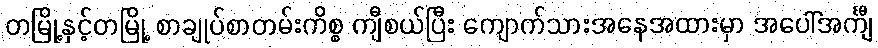
တမြို့နှင့်တမြို့ စာချုပ်စာတမ်းကိစ္စ ကျီစယ်ပြီး ကျောက်သားအနေအထားမှာ အပေါ်အင်္ကျီ